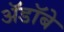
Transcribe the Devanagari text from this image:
ॲडॉबे